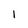
Character: 1